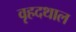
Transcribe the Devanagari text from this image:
वृहदथाल